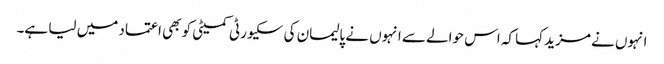
انہوں نے مزید کہا کہ اس حوالے سے انہوں نے پالیمان کی سکیورٹی کمیٹی کو بھی اعتماد میں لیا ہے۔